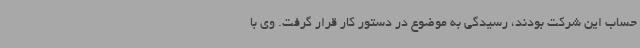
حساب این شرکت بودند، رسیدگی به موضوع در دستور کار قرار گرفت. وی با